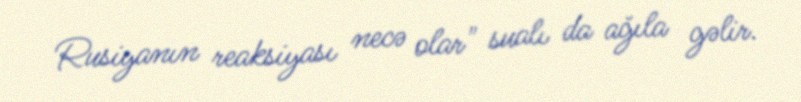
Rusiyanın reaksiyası necə olar" sualı da ağıla gəlir.